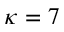
\kappa = 7